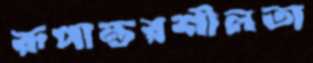
রূপান্তরশীলতা